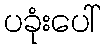
ပခုံးပေါ်